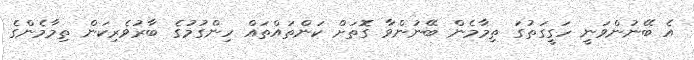
އެ ބޭނުންވަނީ ހަގީގަތުގަ ތިމާމެން ބޭނުންވާ ގޮތަށް ކަންތައްތައް ހިންގުމުގެ ބާރުވެރިކަން ތިމާމެންގެ